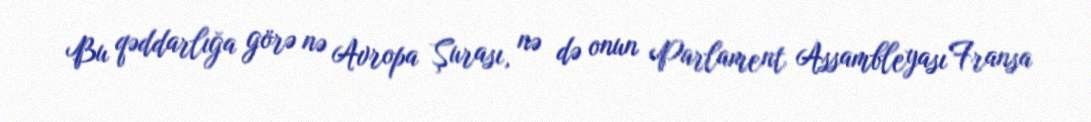
Bu qəddarlığa görə nə Avropa Şurası, nə də onun Parlament Assambleyası Fransa